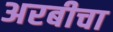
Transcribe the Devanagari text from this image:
अरबीचा